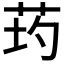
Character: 𦮢